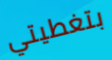
بتغطيتي